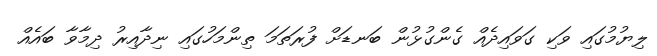
ލިޔުމުގައި ވަކި ގަވައިދެއް ގެންގުޅުން ބަނޑަށް ފުރަތަމަ ތިންމަހުގައި ނިދާއިރު ދިމާވާ ބައެއް